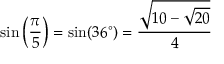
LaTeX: \sin \left( { \frac { \pi } { 5 } } \right) = \sin ( 3 6 ^ { \circ } ) = { \frac { \sqrt { 1 0 - { \sqrt { 2 0 } } } } { 4 } }